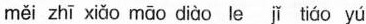
měi zhī xiǎo māo diào leǐtiáo yú